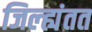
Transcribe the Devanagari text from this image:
जिल्ह्यंतत